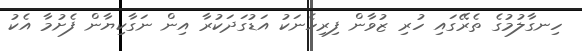
ހިނގާލުމުގެ ތެރޭގައި ހުރި ޒުވާން ފިރިހެނަކު އަޑުގަދަކުރާ އިން ނަގާކިޔާން ފެށުމާ އެކު